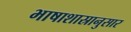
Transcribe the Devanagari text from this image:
भाषाशास्रानुसार